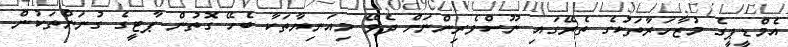
އެމްޑީޕީގެ މުޒާހަރާތަކުގެ ތެރޭގައި ނޫސްވެރިންނަށް ދެވޭ މިއަނިޔާތަކާ ބެހޭ ގޮތުން ޕާޓީގެ ގުނަންތަކުން